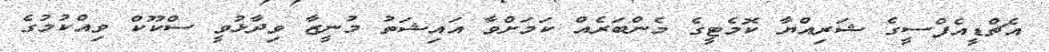
އެޗްޑީއެފްސީގެ ޝަރިއްޔާ ކޮމެޓީގެ މެންބަރެއް ކަމަށްވާ އައިޝަތު މުނީޒާ ވިދާޅުވީ ސްކޫކް ވިއްކުމުގެ